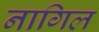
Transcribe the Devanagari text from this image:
नागिल